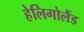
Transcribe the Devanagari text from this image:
हेलिगोलैंड